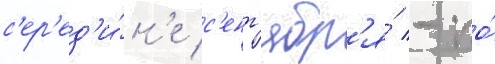
с'ер'ед'и́н'е с'ент'ябр'я́ - по́